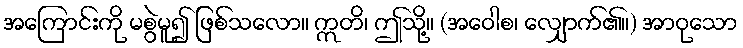
အကြောင်းကို မစွဲမူ၍ ဖြစ်သလော။ ဣတိ၊ ဤသို့။ (အဝေါစ၊ လျှောက်၏။) အာဝုသော